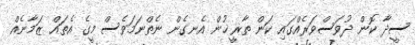
ސީދާ ކޮން ދުވަސްވަރެއްގައި ކަން ތާޜީޚުން އެނގެން ނެތްނަމަވެސް މީގެ އެތައް ޒަމާނެއް